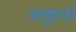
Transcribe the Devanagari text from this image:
अनुष्ठनों